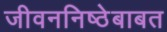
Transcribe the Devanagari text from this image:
जीवननिष्ठेबाबत